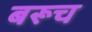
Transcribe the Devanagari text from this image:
बरूच